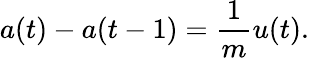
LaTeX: a(t)-a(t-1)=\frac{1}{m}u(t).